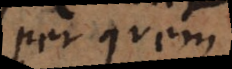
per quem